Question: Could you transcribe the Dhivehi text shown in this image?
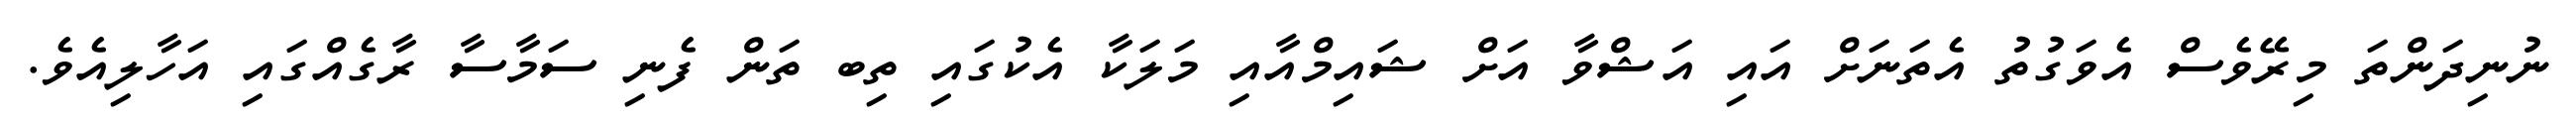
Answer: ނުނިދަންތަ މިރޭވެސް އެވަގުތު އެތަނަށް އައި އަޝްވާ އަށް ޝައިމްއާއި މަލަކާ އެކުގައި ތިބ ތަން ފެނި ސަމާސާ ރާގެއްގައި އަހާލިއެވެ.